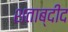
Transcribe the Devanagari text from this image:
शताब्दीद